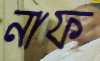
নাফ